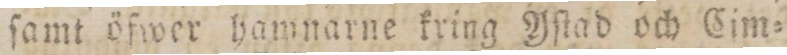
ſamt öfwer hamnarne kring Yſtad och Cim=